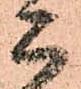
こ